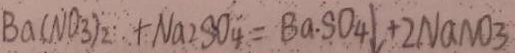
B a ( N O _ { 3 } ) _ { 2 } + N a _ { 2 } S O _ { 4 } = B a \cdot S O _ { 4 } \downarrow + 2 N a N O _ { 3 }